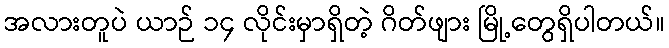
အလားတူပဲ ယာဉ် ၁၄ လိုင်းမှာရှိတဲ့ ဂိတ်ဖျား မြို့တွေရှိပါတယ်။